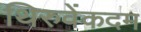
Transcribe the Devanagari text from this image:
थिरुवेंकदम